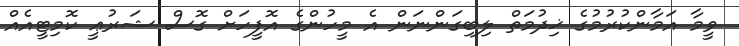
ވީމާ އަމާންކުރުމުގެ ޚިދުމަތް ލިބިގަންނަން އެ މީހުންގެ އޮފީހަށް ގޮސް ޝަރުޢީ ކޮމިޓީއެއް